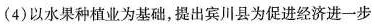
(4)以水果种植业为基础，提出宾川县为促进经济进一步